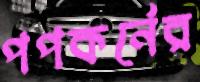
পপকর্নের